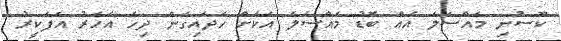
ކޫސުނި މައްސަލަ އެއް ބޮޑު މައްސަލަ އަކަށް ހަދައިގެން ދިހަ އަހަރު އެފަކީރު